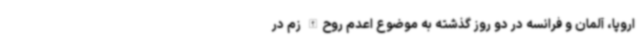
اروپا، آلمان و فرانسه در دو روز گذشته به موضوع اعدم روح‌الله زم در